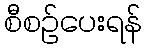
စီစဉ်ပေးရန်